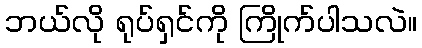
ဘယ်လို ရုပ်ရှင်ကို ကြိုက်ပါသလဲ။